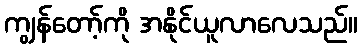
ကျွန်တော့်ကို အနိုင်ယူလာလေသည်။